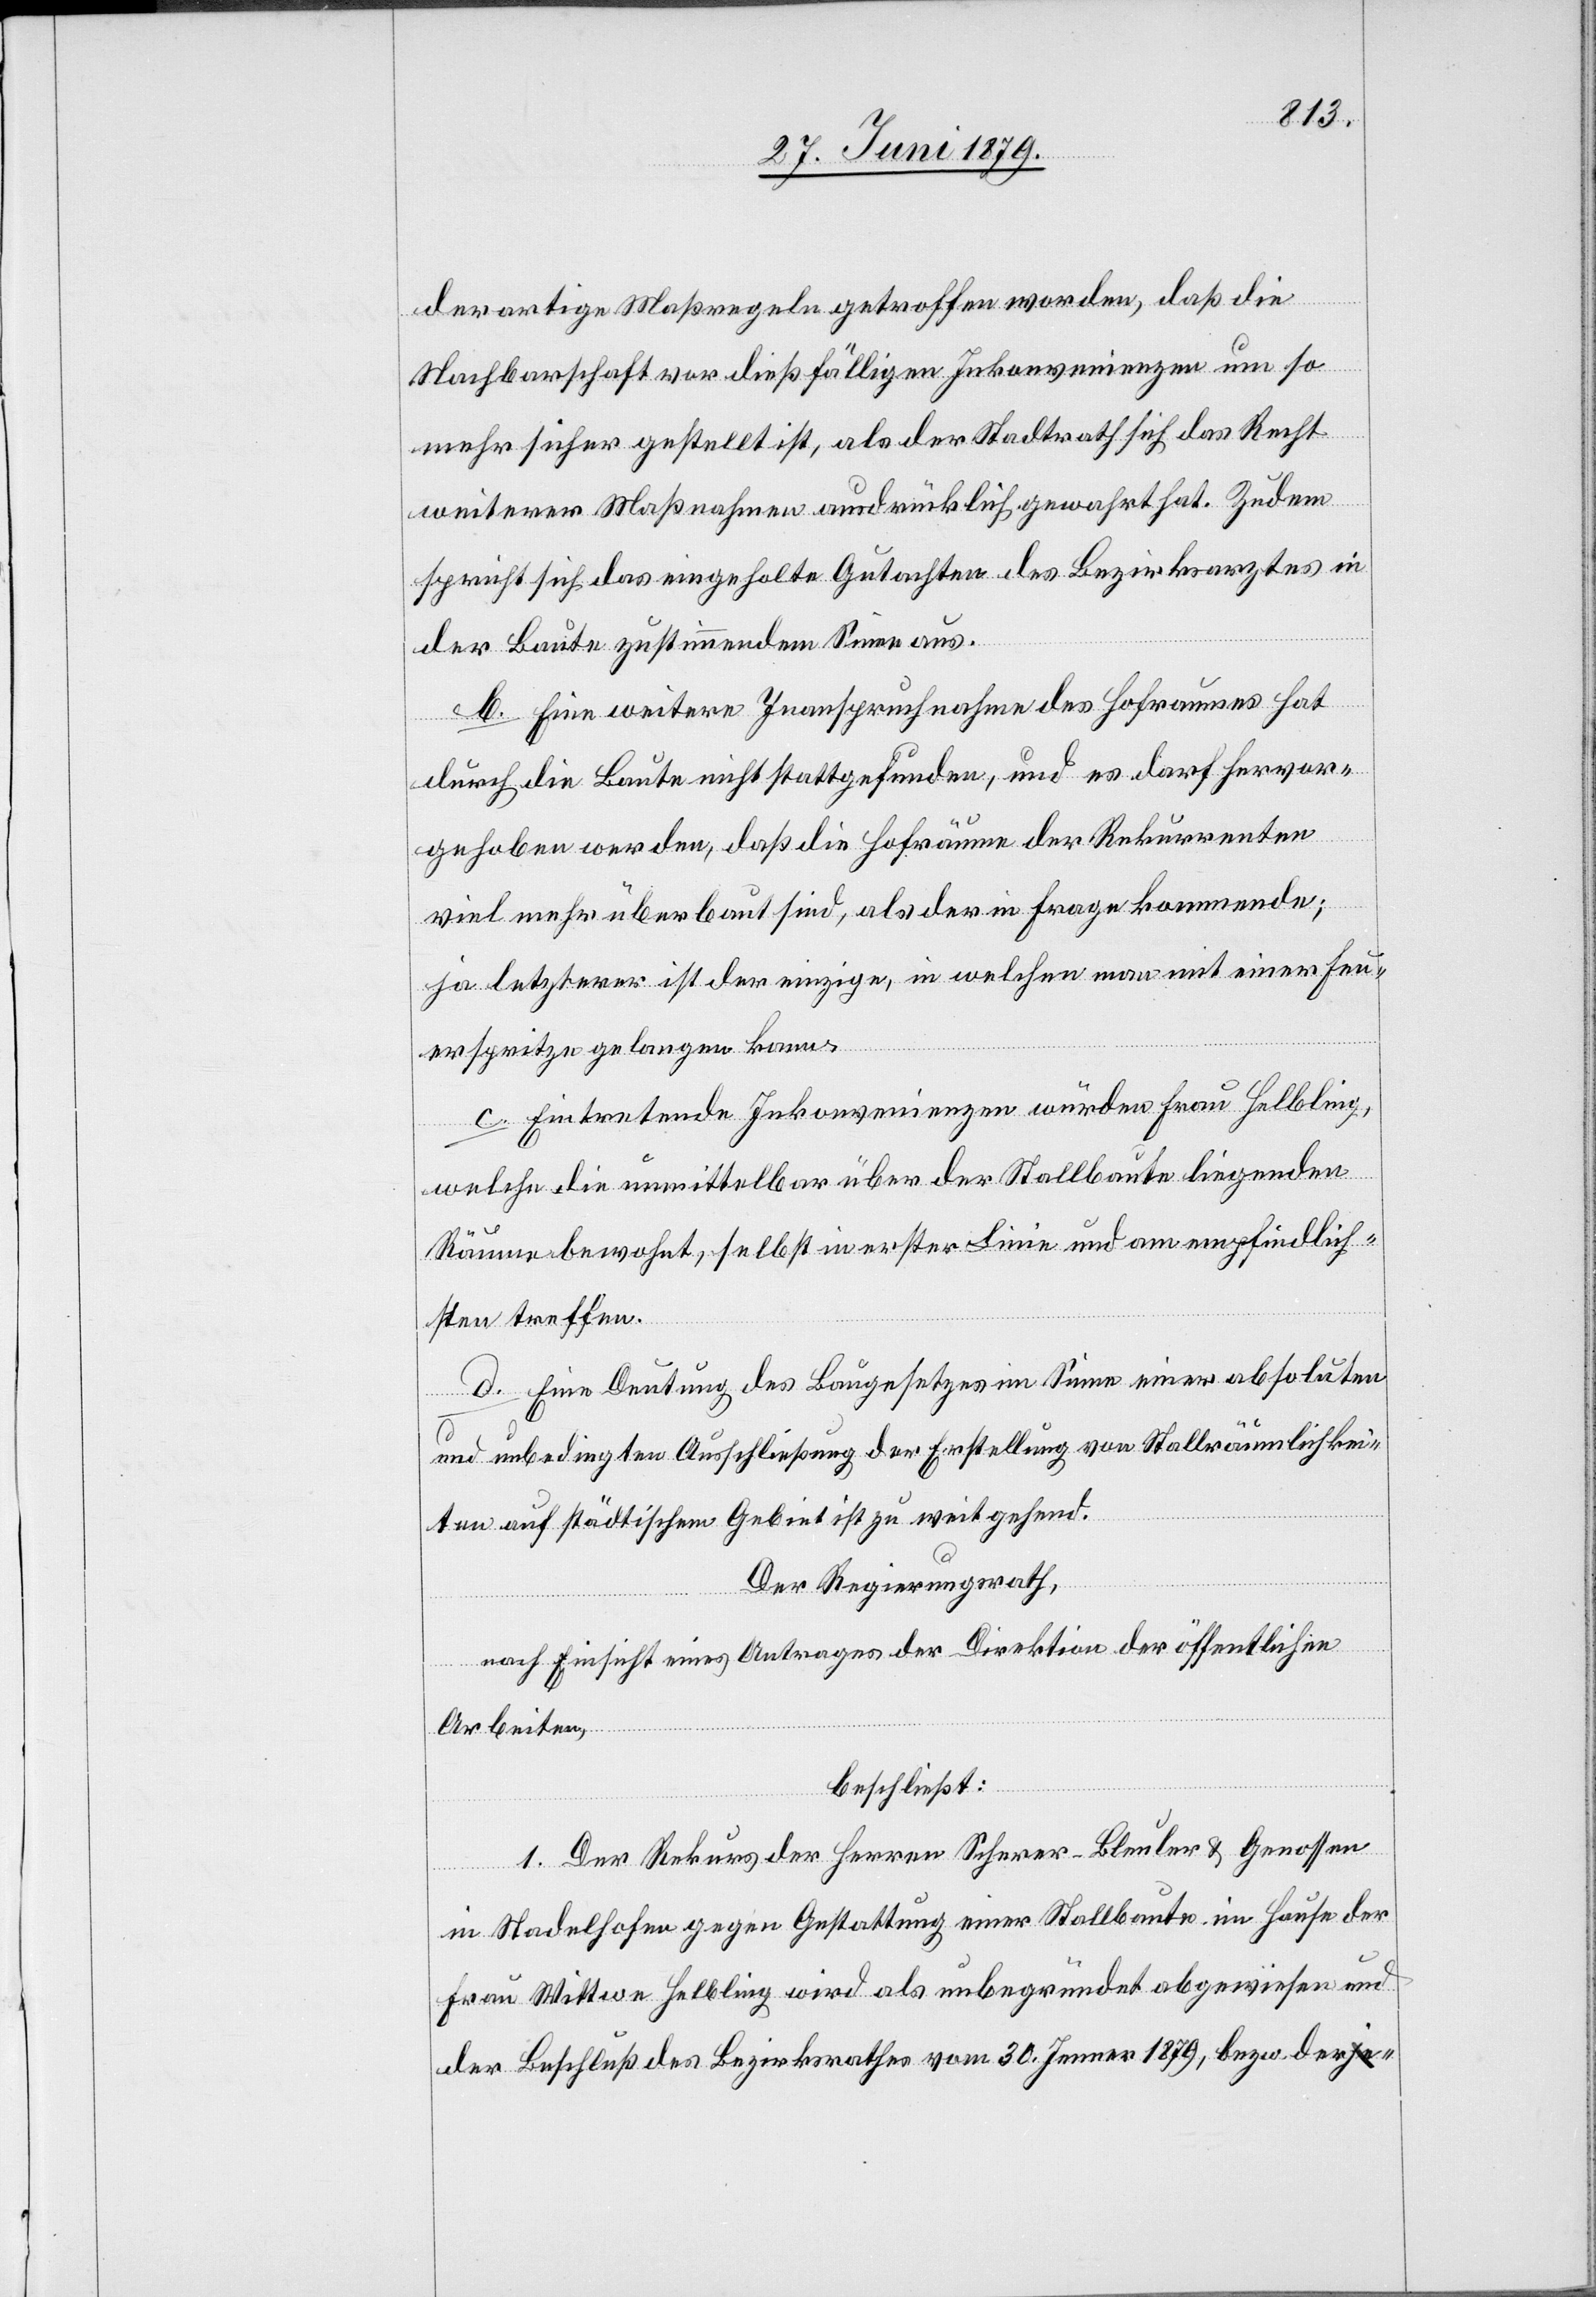
derartige Maßregeln getroffen worden, daß die
Nachbarschaft vor dießfälligen Inkonvenienzen um so
mehr sicher gestellt ist, als der Stadtrath sich das Recht
weiterer Maßnahmen ausdrücklich gewahrt hat. Zudem
spricht sich das eingeholte Gutachten des Bezirksarztes in
der Baute zustimmendem Sinne aus.
b. Eine weitere Inanspruchnahme des Hofraumes hat
durch die Baute nicht stattgefunden, und es darf hervor¬
gehoben werden, daß die Hofräume der Rekurrenten
viel mehr überbaut sind, als der in Frage kommende;
ja letzterer ist der einzige, in welchen man mit einer Feu¬
erspritze gelangen kann.
c. Eintretende Inkonvenienzen würden Frau Helbling,
welche die unmittelbar über der Stallbaute liegenden
Räume bewohnt, selbst in erster Linie und am empfindlich¬
sten treffen.
d. Eine Deutung des Baugesetzes im Sinne einer absoluten
und unbedingten Ausschließung der Erstellung von Stallräumlichkei¬
ten auf städtischem Gebiet ist zu weitgehend.
Der Regierungsrath,
nach Einsicht eines Antrages der Direktion der öffentlichen
Arbeiten,
beschließt:
1. Der Rekurs der Herren Scherer-Bleuler & Genossen
in Stadelhofen gegen Gestattung einer Stallbaute im Hause der
Frau Wittwe Helbling wird als unbegründet abgewiesen und
der Beschluß des Bezirksrathes vom 30. Jenner 1879, bezw. der-